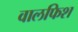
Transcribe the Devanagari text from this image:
वालफिश